Vaccination in the Punjab 1905-1918 - 1905-1918
Year: 1905
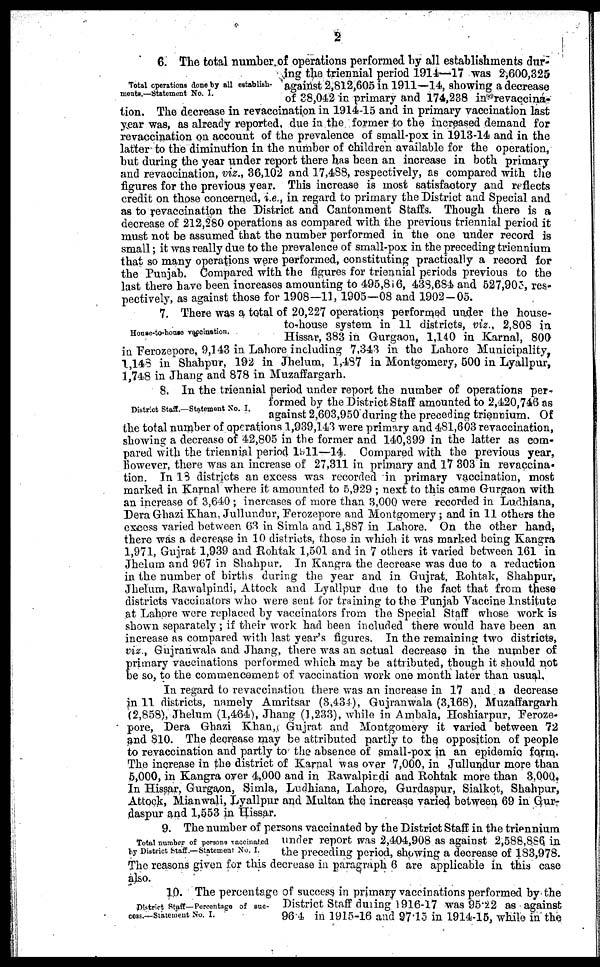
2
Total operations done by all establish-
ments.—Statement No. I.
6. The total number, of operations performed by all establishments dur-
ing the triennial period 1914—17 was 2,600,325
against 2,812,605 in 1911—14, showing a decrease
of 38,042 in primary and 174,238 in revaccina-
tion. The decrease in revaccination in 1914-15 and in primary vaccination last
year was, as already reported, due in the former to the increased demand for
revaccination on account of the prevalence of small-pox in 1913-14 and in the
latter to the diminution in the number of children available for the operation,
but during the year under report there has been an increase in both primary
and revaccination, viz., 36,102 and 17,488, respectively, as compared with the
figures for the previous year. This increase is most satisfactory and reflects
credit on those concerned, i.e., in regard to primary the District and Special and
as to revaccination the District and Cantonment Staffs. Though there is a
decrease of 212,280 operations as compared with the previous triennial period it
must not be assumed that the number performed in the one under record is
small; it was really due to the prevalence of small-pox in the preceding triennium
that so many operations were performed, constituting practically a record for
the Punjab. Compared with the figures for triennial periods previous to the
last there have been increases amounting to 495,816, 438,684 and 527,905, res-
pectively, as against those for 1908—11, 1905—08 and 1902-05.
House-to-house vaccination.
7. There was a total of 20,227 operations performed under the house-
to-house system in 11 districts, viz., 2,808 in
Hissar, 383 in Gurgaon, 1,140 in Karnal, 800
in Ferozepore, 9,143 in Lahore including 7,343 in the Lahore Municipality,
1,148 in Shahpur, 192 in Jhelum, 1,487 in Montgomery, 500 in Lyallpur,
1,748 in Jhang and 878 in Muzaffargarh.
District Staff.—Statement No. I.
8. In the triennial period under report the number of operations per-
formed by the District Staff amounted to 2,420,746 as
against 2,603,950 during the preceding triennium. Of
the total number of operations 1,939,143 were primary and 481,603 revaccination,
showing a decrease of 42,805 in the former and 140,399 in the latter as com-
pared with the triennial period 1911—14. Compared with the previous year,
however, there was an increase of 27,311 in primary and 17 303 in revaccina-
tion. In 18 districts an excess was recorded in primary vaccination, most
marked in Karnal where it amounted to 5,929 ; next to this came Gurgaon with
an increase of 3,640 ; increases of more than 3,000 were recorded in Ludhiana,
Dera Ghazi Khan, Jullundur, Ferozopore and Montgomery ; and in 11 others the
excess varied between 63 in Simla and 1,887 in Lahore. On the other hand,
there was a decrease in 10 districts, those in which it was marked being Kangra
1,971, Gujrat 1,939 and Rohtak 1,501 and in 7 others it varied between 161 in
Jhelum and 967 in Shahpur. In Kangra the decrease was due to a reduction
in the number of births during the year and in Gujrat, Rohtak, Shahpur,
Jhelum, Rawalpindi, Attock and Lyallpur due to the fact that from these
districts vaccinators who were sent for training to the Punjab Vaccine Institute
at Lahore were replaced by vaccinators from the Special Staff whose work is
shown separately ; if their work had been included there would have been an
increase as compared with last year's figures. In the remaining two districts,
viz , Gujranwala and Jhang, there was an actual decrease in the number of
primary vaccinations performed which may be attributed, though it should not
be so, to the commencement of vaccination work one month later than usual.
In regard to revaccination there was an increase in 17 and a decrease
in 11 districts, namely Amritsar (3,434), Gujranwala (3,168), Muzaffargarh
(2,858), Jhelum (1,464), Jhang (1,233), while in Ambala, Hoshiarpur, Feroze-
pore, Dera Ghazi Khan, Gujrat and Montgomery it varied between 72
and 810. The decrease may be attributed partly to the opposition of people
to revaccination and partly to the absence of small-pox in an epidemic form.
The increase in the district of Karnal was over 7,000, in Jullundur more than
5,000, in Kangra over 4,000 and in Rawalpindi and Rohtak more than 3,000.
In Hissar, Gurgaon, Simla, Ludhiana, Lahore, Gurdaspur, Sialkot, Shahpur,
Attock, Mianwali, Lyallpur and Multan the increase varied between 69 in Gur-
daspur and 1,553 in Hissar.
Total number of porsons vaccinated
by District Staff.—Statement No. I.
9. The number of persons vaccinated by the District Staff in the triennium
under report was 2,404,908 as against 2,588,886 in
the preceding period, showing a decrease of 183,978.
The reasons given for this decrease in paragraph 6 are applicable in this case
also.
District Staff—Percentage of suc-
cess.—Statement No. I.
10. The percentage of success in primary vaccinations performed by the
District Staff during 1916-17 was 95.22 as against
96.4 in 1915-16 and 97.15 in 1914-15, while in the